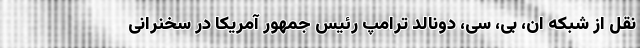
نقل از شبکه ان، بی، سی، دونالد ترامپ رئیس جمهور آمریکا در سخنرانی